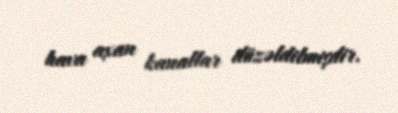
hava axan kanallar düzəldilmişdir.